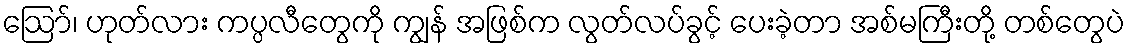
ဩော်၊ ဟုတ်လား ကပ္ပလီတွေကို ကျွန် အဖြစ်က လွတ်လပ်ခွင့် ပေးခဲ့တာ အစ်မကြီးတို့ တစ်တွေပဲ